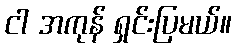
ငါ အကုန် ရှင်းပြမယ်။